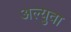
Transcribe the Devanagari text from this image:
अल्युवा